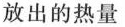
放出的热量